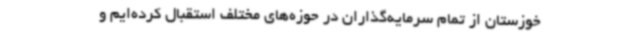
خوزستان از تمام سرمایه‌گذاران در حوزه‌های مختلف استقبال کرده‌ایم و